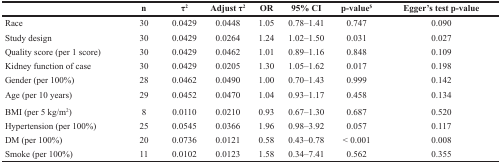
<table><thead><tr><td></td><td><b>n</b></td><td><b>τ<sup>2</sup></b></td><td><b>Adjust τ<sup>2</sup></b></td><td><b>OR</b></td><td><b>95% CI</b></td><td><b>p-value<sup>$</sup></b></td><td><b>Egger&#x27;s test p-value</b></td></tr></thead><tbody><tr><td>Race</td><td>30</td><td>0.0429</td><td>0.0448</td><td>1.05</td><td>0.78–1.41</td><td>0.747</td><td>0.090</td></tr><tr><td>Study design</td><td>30</td><td>0.0429</td><td>0.0264</td><td>1.24</td><td>1.02–1.50</td><td>0.031</td><td>0.027</td></tr><tr><td>Quality score (per 1 score)</td><td>30</td><td>0.0429</td><td>0.0462</td><td>1.01</td><td>0.89–1.16</td><td>0.848</td><td>0.109</td></tr><tr><td>Kidney function of case</td><td>30</td><td>0.0429</td><td>0.0205</td><td>1.30</td><td>1.05–1.62</td><td>0.017</td><td>0.198</td></tr><tr><td>Gender (per 100%)</td><td>28</td><td>0.0462</td><td>0.0490</td><td>1.00</td><td>0.70–1.43</td><td>0.999</td><td>0.142</td></tr><tr><td>Age (per 10 years)</td><td>29</td><td>0.0452</td><td>0.0470</td><td>1.04</td><td>0.93–1.17</td><td>0.458</td><td>0.134</td></tr><tr><td>BMI (per 5 kg/m<sup>2</sup>)</td><td>8</td><td>0.0110</td><td>0.0210</td><td>0.93</td><td>0.67–1.30</td><td>0.687</td><td>0.520</td></tr><tr><td>Hypertension (per 100%)</td><td>25</td><td>0.0545</td><td>0.0366</td><td>1.96</td><td>0.98–3.92</td><td>0.057</td><td>0.117</td></tr><tr><td>DM (per 100%)</td><td>20</td><td>0.0736</td><td>0.0121</td><td>0.58</td><td>0.43–0.78</td><td>&lt; 0.001</td><td>0.008</td></tr><tr><td>Smoke (per 100%)</td><td>11</td><td>0.0102</td><td>0.0123</td><td>1.58</td><td>0.34–7.41</td><td>0.562</td><td>0.355</td></tr></tbody></table>